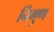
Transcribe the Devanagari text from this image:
र्निगुण